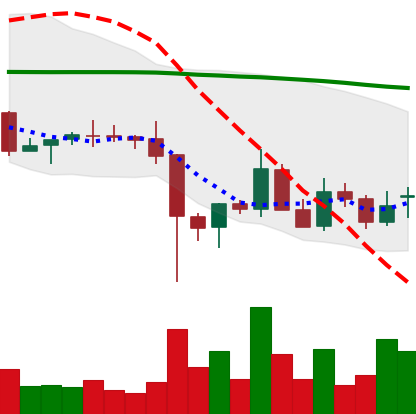
Ticker: EOS-USD
Chart end date: 2021-12-15
Forward return: -5.404%
Label: down_5_7